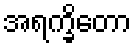
အရက္ခိတော